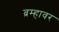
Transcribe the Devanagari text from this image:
ब्रम्हावर